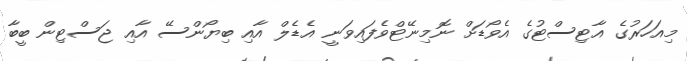
މިއަހަރުގެ އާޓިސްޓުގެ އެވޯޑަށް ނޮމިނޭޓްވެފައިވަނީ އެޑެލް އާއި ބިޔޯންސޭ އާއި ޖަސްޓިން ބީބާ